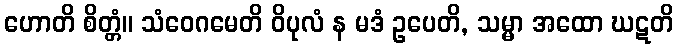
ဟောတိ စိတ္တံ။ သံဝေဂမေတိ ဝိပုလံ န မဒံ ဥပေတိ, သမ္မာ အထော ဃဋတိ